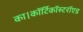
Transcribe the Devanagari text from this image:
का।कॉर्टिकॉस्टरॉएड